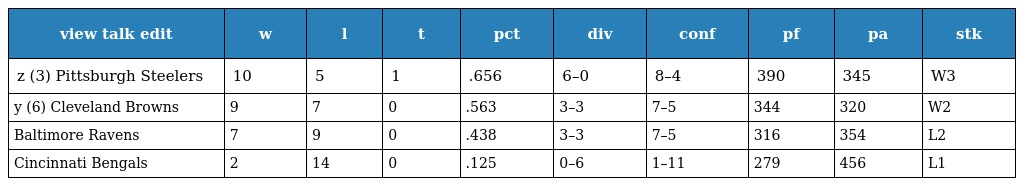
| view talk edit | w | l | t | pct | div | conf | pf | pa | stk |
 | --- | --- | --- | --- | --- | --- | --- | --- | --- | --- |
 | z (3) Pittsburgh Steelers | 10 | 5 | 1 | .656 | 6–0 | 8–4 | 390 | 345 | W3 |
 | y (6) Cleveland Browns | 9 | 7 | 0 | .563 | 3–3 | 7–5 | 344 | 320 | W2 |
 | Baltimore Ravens | 7 | 9 | 0 | .438 | 3–3 | 7–5 | 316 | 354 | L2 |
 | Cincinnati Bengals | 2 | 14 | 0 | .125 | 0–6 | 1–11 | 279 | 456 | L1 |